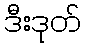
ဒီးဒုတ်